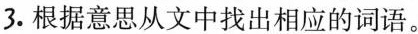
3.根据意思从文中找出相应的词语。